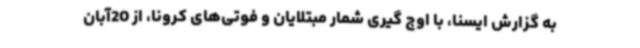
به گزارش ایسنا، با اوج گیری شمار مبتلایان و فوتی‌های کرونا، از 20آبان